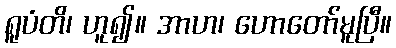
ရူပံတိ၊ ဟူ၍။ အာဟ၊ ဟောတော်မူပြီ။